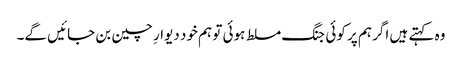
وہ کہتے ہیں اگر ہم پر کوئی جنگ مسلط ہوئی تو ہم خود دیوارِ چین بن جائیں گے۔